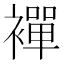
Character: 襌